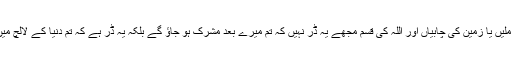
اور مجھے زمین کے خزانوں کی چابیاں ملیں یا زمین کی چابیاں اور اللہ کی قسم مجھے یہ ڈر نہیں کہ تم میرے بعد مشرک ہو جاؤ گے بلکہ یہ ڈر ہے کہ تم دنیا کے لالچ میں آ کر ایک دوسرے سے حسد کرنے لگو۔